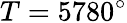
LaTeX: T=5780^{\circ}